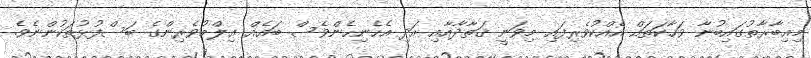
މިޢިބާރާތުގައިބުނާ ވަހާކަތައް އެއްކުވެރިފައި މިވަނީ ޤަތާދާއާއި އަދި އެހެނިހެންވެސް ބައެއް ޢިލްމުވެރިންގެ ބަސްފުޅުތަކުންނެވެ.